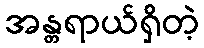
အန္တရာယ်ရှိတဲ့